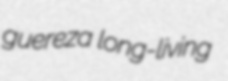
guereza long-living